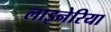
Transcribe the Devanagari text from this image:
लाइनेरिया